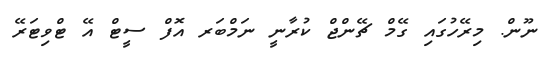
ނޫން. މިރޭހުގައި ގޭމް ޗޭންޖް ކުރާނީ ނަމްބަރ އޮފް ސީޓް އޭ ޓްވިޓަރޭ